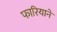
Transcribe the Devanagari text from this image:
फारियाने